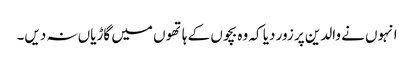
انہوں نے والدین پر زور دیا کہ وہ بچوں کے ہاتھوں میں گاڑیاں نہ دیں۔